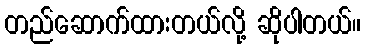
တည်ဆောက်ထားတယ်လို့ ဆိုပါတယ်။